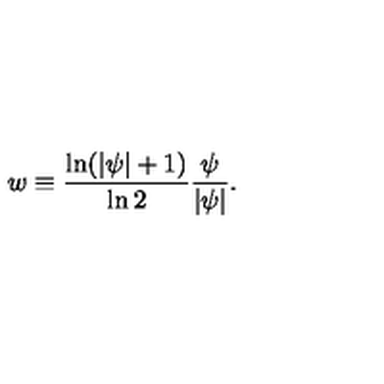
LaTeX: w \equiv \frac { \ln ( | \psi | + 1 ) } { \ln 2 } \frac { \psi } { | \psi | } .